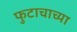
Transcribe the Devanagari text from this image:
फुटाचाच्या